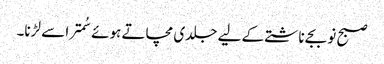
صبح نو بجے ناشتے کے لیے جلدی مچاتے ہوئے سُمترا سے لڑنا۔